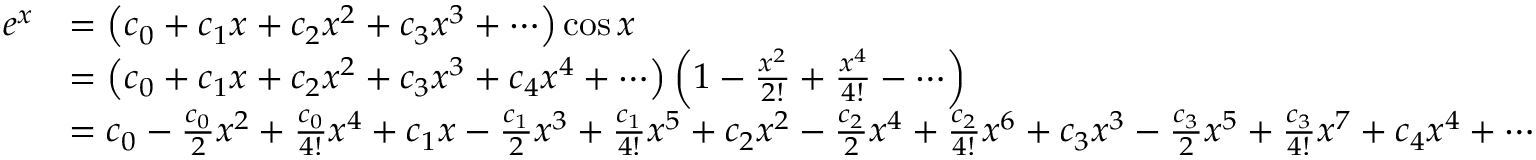
{ \begin{array} { r l } { e ^ { x } } & { = \left( c _ { 0 } + c _ { 1 } x + c _ { 2 } x ^ { 2 } + c _ { 3 } x ^ { 3 } + \cdots \right) \cos x } \\ & { = \left( c _ { 0 } + c _ { 1 } x + c _ { 2 } x ^ { 2 } + c _ { 3 } x ^ { 3 } + c _ { 4 } x ^ { 4 } + \cdots \right) \left( 1 - { \frac { x ^ { 2 } } { 2 ! } } + { \frac { x ^ { 4 } } { 4 ! } } - \cdots \right) } \\ & { = c _ { 0 } - { \frac { c _ { 0 } } { 2 } } x ^ { 2 } + { \frac { c _ { 0 } } { 4 ! } } x ^ { 4 } + c _ { 1 } x - { \frac { c _ { 1 } } { 2 } } x ^ { 3 } + { \frac { c _ { 1 } } { 4 ! } } x ^ { 5 } + c _ { 2 } x ^ { 2 } - { \frac { c _ { 2 } } { 2 } } x ^ { 4 } + { \frac { c _ { 2 } } { 4 ! } } x ^ { 6 } + c _ { 3 } x ^ { 3 } - { \frac { c _ { 3 } } { 2 } } x ^ { 5 } + { \frac { c _ { 3 } } { 4 ! } } x ^ { 7 } + c _ { 4 } x ^ { 4 } + \cdots } \end{array} }